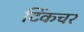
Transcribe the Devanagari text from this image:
टिंकचर